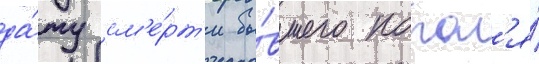
да́ту см'е́рт'и бы́вшего корол'я́